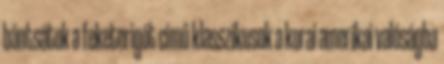
bántsátok a feketerigót című klasszikusok a korai amerikai valóságba